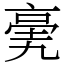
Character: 亴